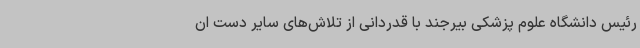
رئیس دانشگاه علوم پزشکی بیرجند با قدردانی از تلاش‌های سایر دست ان